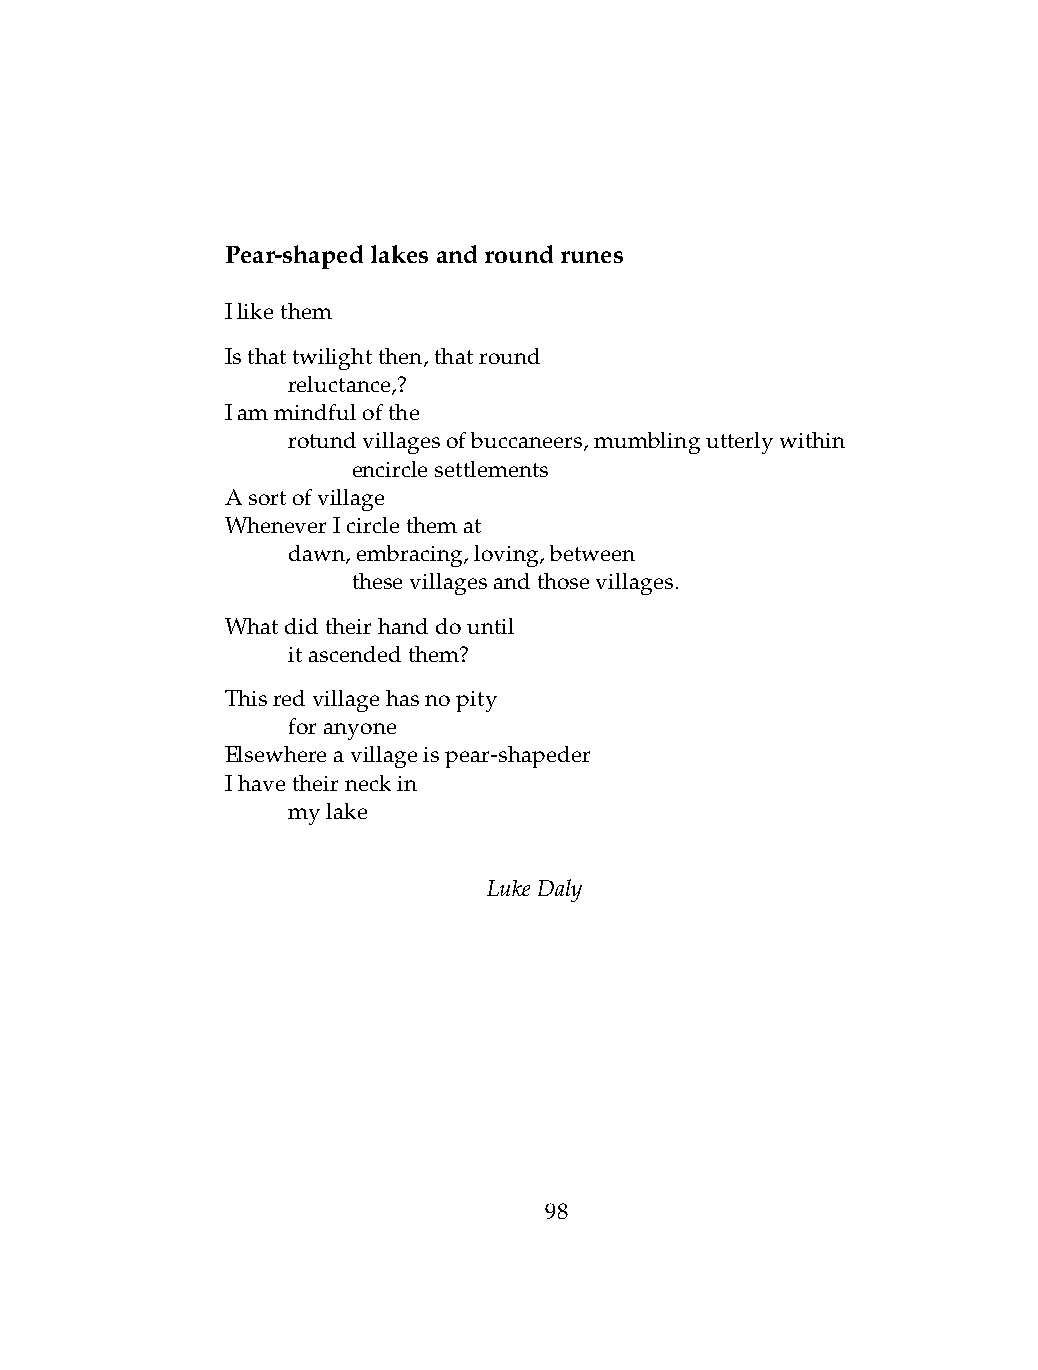
Pear-shapedlakesandroundrunes
 Ilikethem
 Isthattwilightthen,thatround
 .   reluctance,?
 Iammindfulofthe
 .   rotundvillagesofbuccaneers,mumblingutterlywithin
 .   .   encirclesettlements
 Asortofvillage
 WheneverIcirclethemat
 .   dawn,embracing,loving,between
 .   .   thesevillagesandthosevillages.
 Whatdidtheirhanddountil
 .   itascendedthem?
 Thisredvillagehasnopity
 .   foranyone
 Elsewhereavillageispear-shapeder
 Ihavetheirneckin
 .   mylake
 LukeDaly
 98